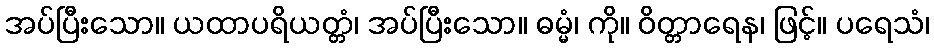
အပ်ပြီးသော။ ယထာပရိယတ္တံ၊ အပ်ပြီးသော။ ဓမ္မံ၊ ကို။ ဝိတ္တာရေန၊ ဖြင့်။ ပရေသံ၊